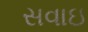
સવાઇ